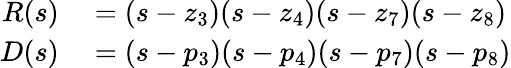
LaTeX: \begin{array}{rl}{R(s)}&{{}=(s-z_{3})(s-z_{4})(s-z_{7})(s-z_{8})}\\ {D(s)}&{{}=(s-p_{3})(s-p_{4})(s-p_{7})(s-p_{8})}\end{array}